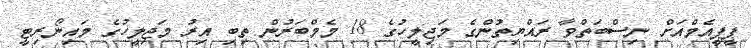
ޕީޕީއެމްއަށް ނިސްބަތްވާ ރައްޔިތުންގެ މަޖިލީހުގެ 18 މެމްބަރުން ތިބި އިރު މަޖިލީހުގެ މައިނޯރިޓީ